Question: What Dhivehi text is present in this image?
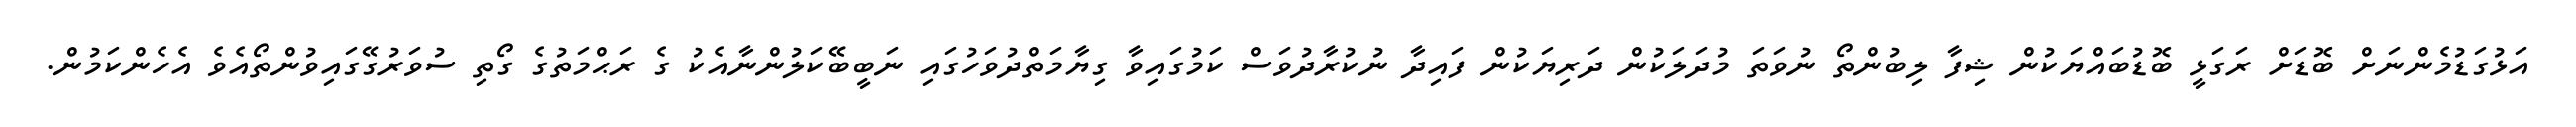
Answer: އަޅުގަޑުމެންނަށް ބޮޑަށް ރަގަޅީ ބޮޑުބައްޔަކުން ޝިފާ ލިބުންތޯ ނުވަތަ މުދަލަކުން ދަރިޔަކުން ފައިދާ ނުކުރާދުވަސް ކަމުގައިވާ ގިޔާމަތްދުވަހުގައި ނަބީބޭކަލުންނާއެކު ގެ ރަޙްމަތުގެ ގޯތި ސުވަރުގޭގައިވުންތޯއެވެ އެހެންކަމުން.